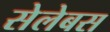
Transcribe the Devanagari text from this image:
सेलेबस